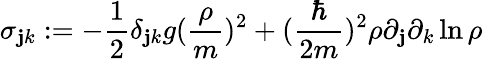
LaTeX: \sigma_{\mathbf{j}k}:=-\frac{1}{2}\delta_{\mathbf{j}k}g(\frac{{\rho}}{{m}})^{2}+(\frac{{\hbar}}{{2m}})^{2}\rho\partial_{\mathbf{j}}\partial_{k}\ln{\rho}